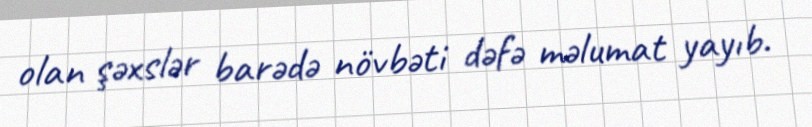
olan şəxslər barədə növbəti dəfə məlumat yayıb.